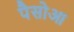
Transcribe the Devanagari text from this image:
पैसोआ